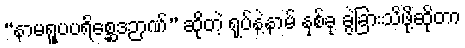
“နာမရူပပရိစ္ဆေဒဉာဏ်” ဆိုတဲ့ ရုပ်နဲ့နာမ် နှစ်ခု ခွဲခြားသိဖို့ဆိုတာ